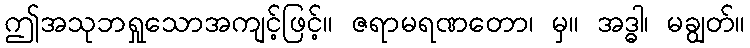
ဤအသုဘရှုသောအကျင့်ဖြင့်။ ဇရာမရဏတော၊ မှ။ အဒ္ဓါ၊ မချွတ်။